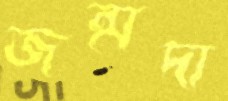
জন্মদা